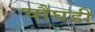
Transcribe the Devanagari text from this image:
चौघडी